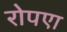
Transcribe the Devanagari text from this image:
रोपएा